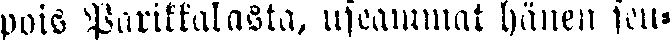
pois Parikkalasta, useammat hänen seu-